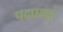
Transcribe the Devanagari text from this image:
पदप्रवाह